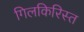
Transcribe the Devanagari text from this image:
गिलकिरिस्त